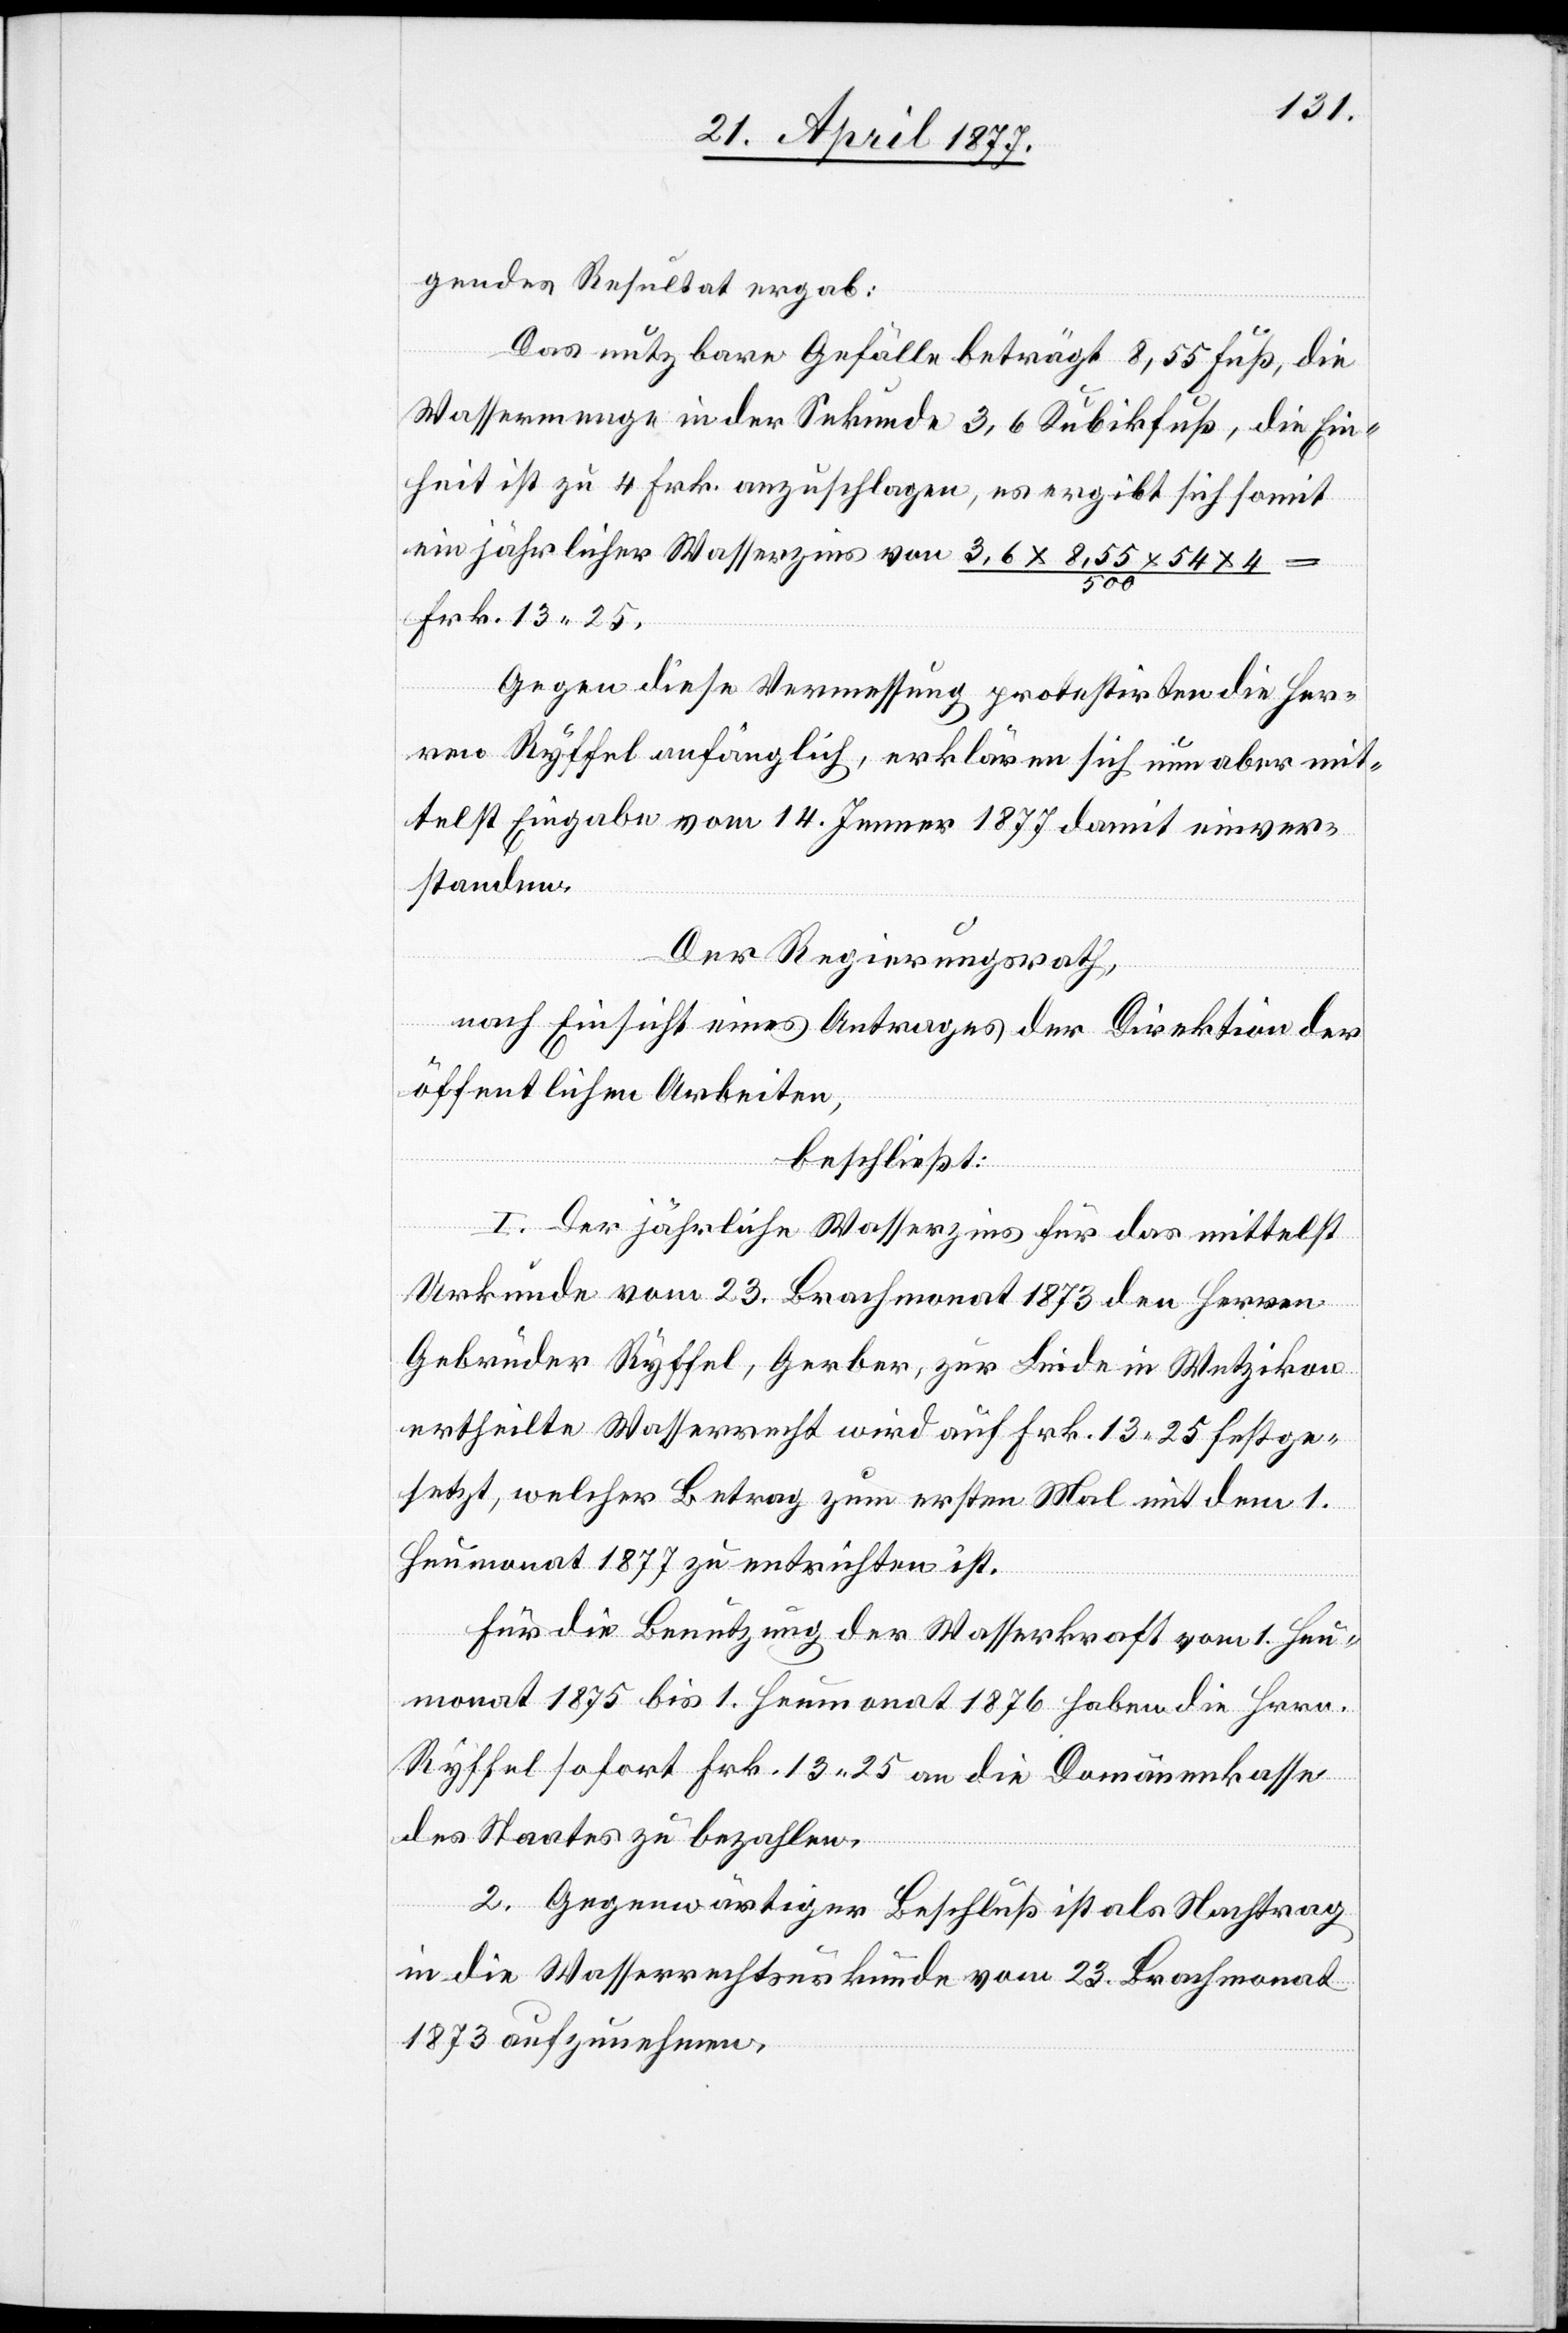
gendes Resultat ergab:
Das nutzbare Gefälle beträgt 8,55 Fuß, die
Wassermenge in der Sekunde 3,6 Kubikfuß, die Ein¬
heit ist zu 4 Frk. anzuschlagen, es ergibt sich somit
ein jährlicher Wasserzins von (3,6 x 8,55 x 54 x 4)
Frk. 13 25.
Gegen diese Vermessung protestirten die Her¬
ren Ryffel anfänglich, erklären sich nun aber mit¬
telst Eingabe vom 14. Jenner 1877 damit einver¬
standen.
Der Regierungsrath,
nach Einsicht eines Antrages der Direktion der
öffentlichen Arbeiten,
beschließt:
I. Der jährliche Wasserzins für das mittelst
Urkunde vom 23. Brachmonat 1873 den Herren
Gebrüder Ryffel, Gerber, zur Linde in Wetzikon
ertheilte Wasserrecht wird auf Frk. 13 25 festge¬
setzt, welcher Betrag zum ersten Mal mit dem 1.
Heumonat 1877 zu entrichten ist.
Für die Benutzung der Wasserkraft vom 1. Heu¬
monat 1875 bis 1. Heumonat 1876 haben die Hrrn.
Ryffel sofort Frk. 13 25 an die Domänenkasse
des Staates zu bezahlen.
II. Gegenwärtiger Beschluß ist als Nachtrag
in die Wasserrechtsurkunde vom 23. Brachmonat
1873 aufzunehmen.